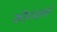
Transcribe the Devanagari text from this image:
की।राक्षसों